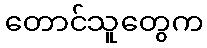
တောင်သူတွေက